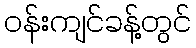
ဝန်းကျင်ခန့်တွင်